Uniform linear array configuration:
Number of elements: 16
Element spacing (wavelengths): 0.75
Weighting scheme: hann
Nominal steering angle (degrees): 45
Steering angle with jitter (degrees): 46.8
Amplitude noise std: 0.05
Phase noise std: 0.05

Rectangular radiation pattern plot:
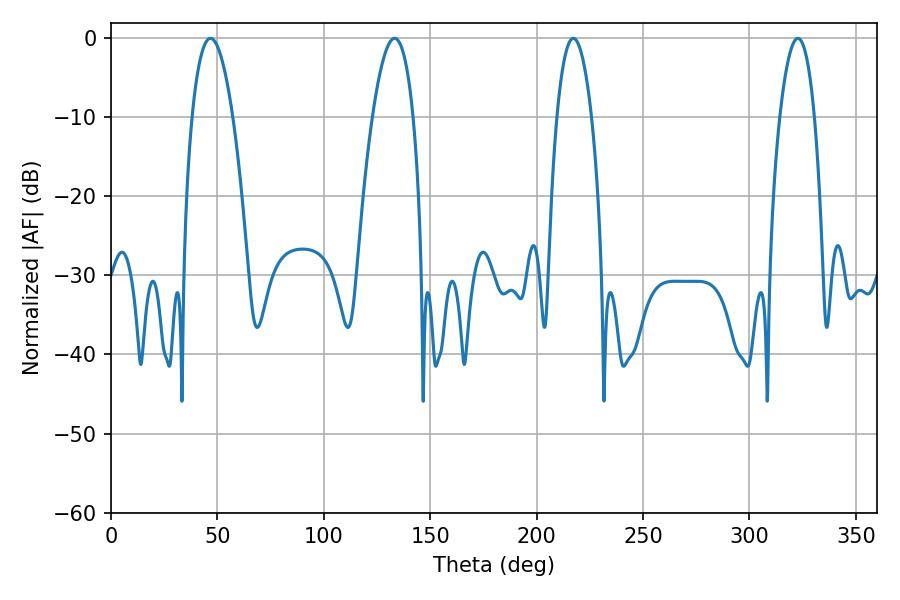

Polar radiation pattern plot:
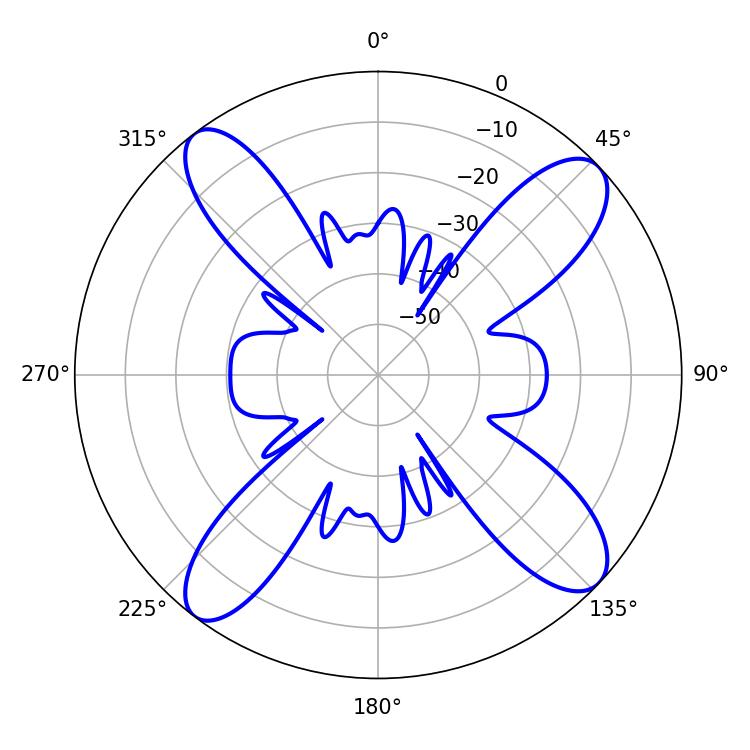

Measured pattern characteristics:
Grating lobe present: TRUE
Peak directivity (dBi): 13.706
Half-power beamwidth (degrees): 9.18
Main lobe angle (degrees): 322.74